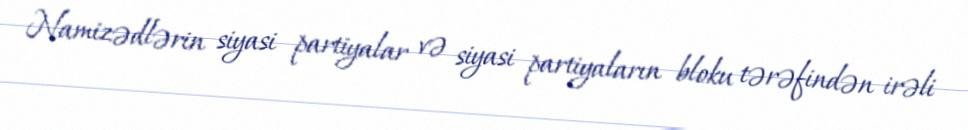
Namizədlərin siyasi partiyalar və siyasi partiyaların bloku tərəfindən irəli